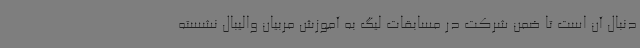
دنبال آن است تا ضمن شرکت در مسابقات لیگ به آموزش مربیان والیبال نشسته